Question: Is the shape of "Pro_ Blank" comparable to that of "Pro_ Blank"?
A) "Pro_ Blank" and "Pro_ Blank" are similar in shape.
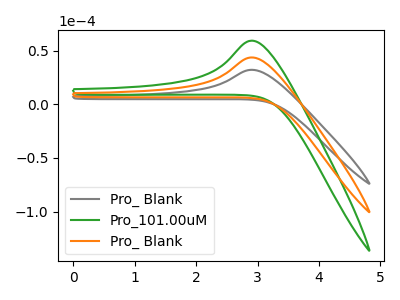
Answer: <think>The gray curve "Pro_ Blank" has an anodic peak at: (2.90V, 32.20uA). The green curve "Pro_101.00uM" has an anodic peak at: (2.90V, 87.45uA). The orange curve "Pro_ Blank" has an anodic peak at: (2.90V, 43.75uA).
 All the peaks in "Pro_ Blank" have a peak in "Pro_ Blank" at the same potential. Every peak in "Pro_ Blank" is lower than every peak in "Pro_ Blank".</think>
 <answer>A) "Pro_ Blank" and "Pro_ Blank" are similar in shape.</answer>
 <eval>A</eval>